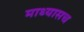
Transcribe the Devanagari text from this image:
माथ्यासच